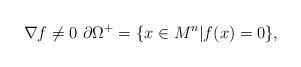
LaTeX: \begin{align*}\nabla f\neq 0 \, \, \partial\Omega^+ = \{x\in M^n|f(x) = 0\},\end{align*}